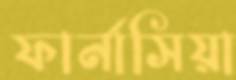
ফার্নাসিয়া